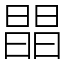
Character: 𣊫